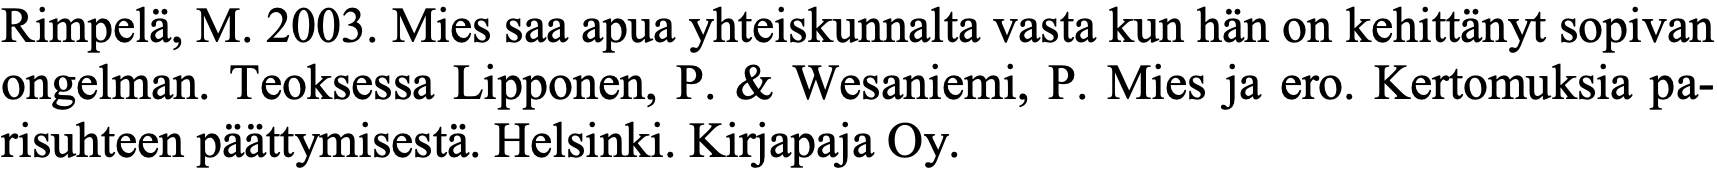
Rimpelä, M. 2003. Mies saa apua yhteiskunnalta vasta kun hän on kehittänyt sopivan ongelman. Teoksessa Lipponen, P. & Wesaniemi, P. Mies ja ero. Kertomuksia pa- risuhteen päättymisestä. Helsinki. Kirjapaja Oy.